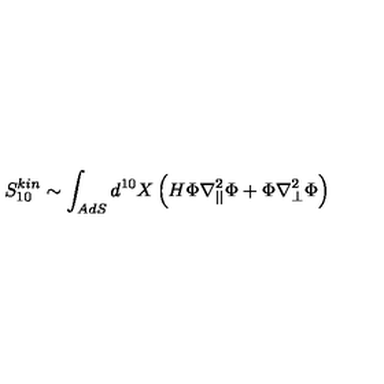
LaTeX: S _ { 1 0 } ^ { k i n } \sim \int _ { A d S } d ^ { 1 0 } X \left( H \Phi \nabla _ { | | } ^ { 2 } \Phi + \Phi \nabla _ { \perp } ^ { 2 } \Phi \right)